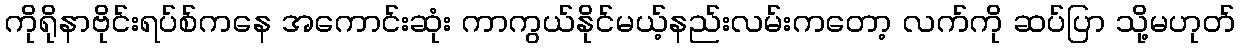
ကိုရိုနာဗိုင်းရပ်စ်ကနေ အကောင်းဆုံး ကာကွယ်နိုင်မယ့်နည်းလမ်းကတော့ လက်ကို ဆပ်ပြာ သို့မဟုတ်